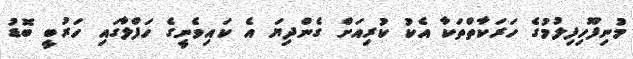
މުނިފޫހިފިލުމުގެ ހަރަކާތްތަކާ އެކު ކުރިއަށް ގެންދިޔަ އެ ކައިވެނީގެ ހަފްލާގައި ހަރުބީ ބޮޑު